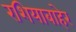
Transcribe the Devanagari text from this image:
रशियाबाहेर